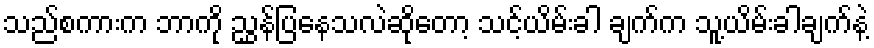
သည်စကားက ဘာကို ညွှန်ပြနေသလဲဆိုတော့ သင့်ယိမ်းခါ ချက်က သူ့ယိမ်းခါချက်နဲ့